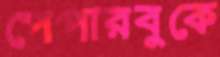
পেপারবুকে